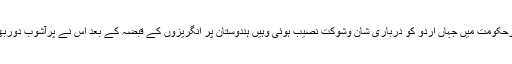
مغلیہ دورحکومت میں جہاں اردو کو درباری شان وشوکت نصیب ہوئی وہیں ہندوستان پر انگریزوں کے قبضہ کے بعد اس نے پرآشوب دوربھی دیکھا۔